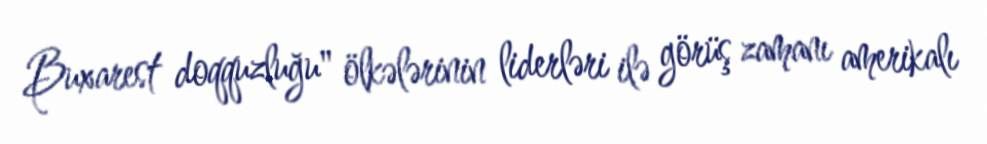
Buxarest doqquzluğu" ölkələrinin liderləri ilə görüş zamanı amerikalı